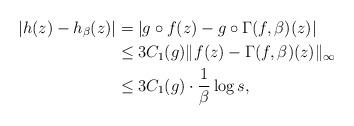
LaTeX: \begin{align*}|h(z) - h_{\beta}(z)| &= |g \circ f(z) - g \circ \Gamma(f, \beta)(z)| \\ &\leq 3C_1(g) \|f(z) - \Gamma(f, \beta)(z)\|_{\infty} \\&\leq 3C_1(g) \cdot \frac{1}{\beta} \log s, \end{align*}